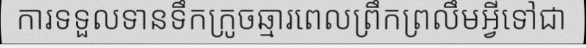
ការទទួលទានទឹកក្រូចឆ្មារពេលព្រឹកព្រលឹមអ្វីទៅជា